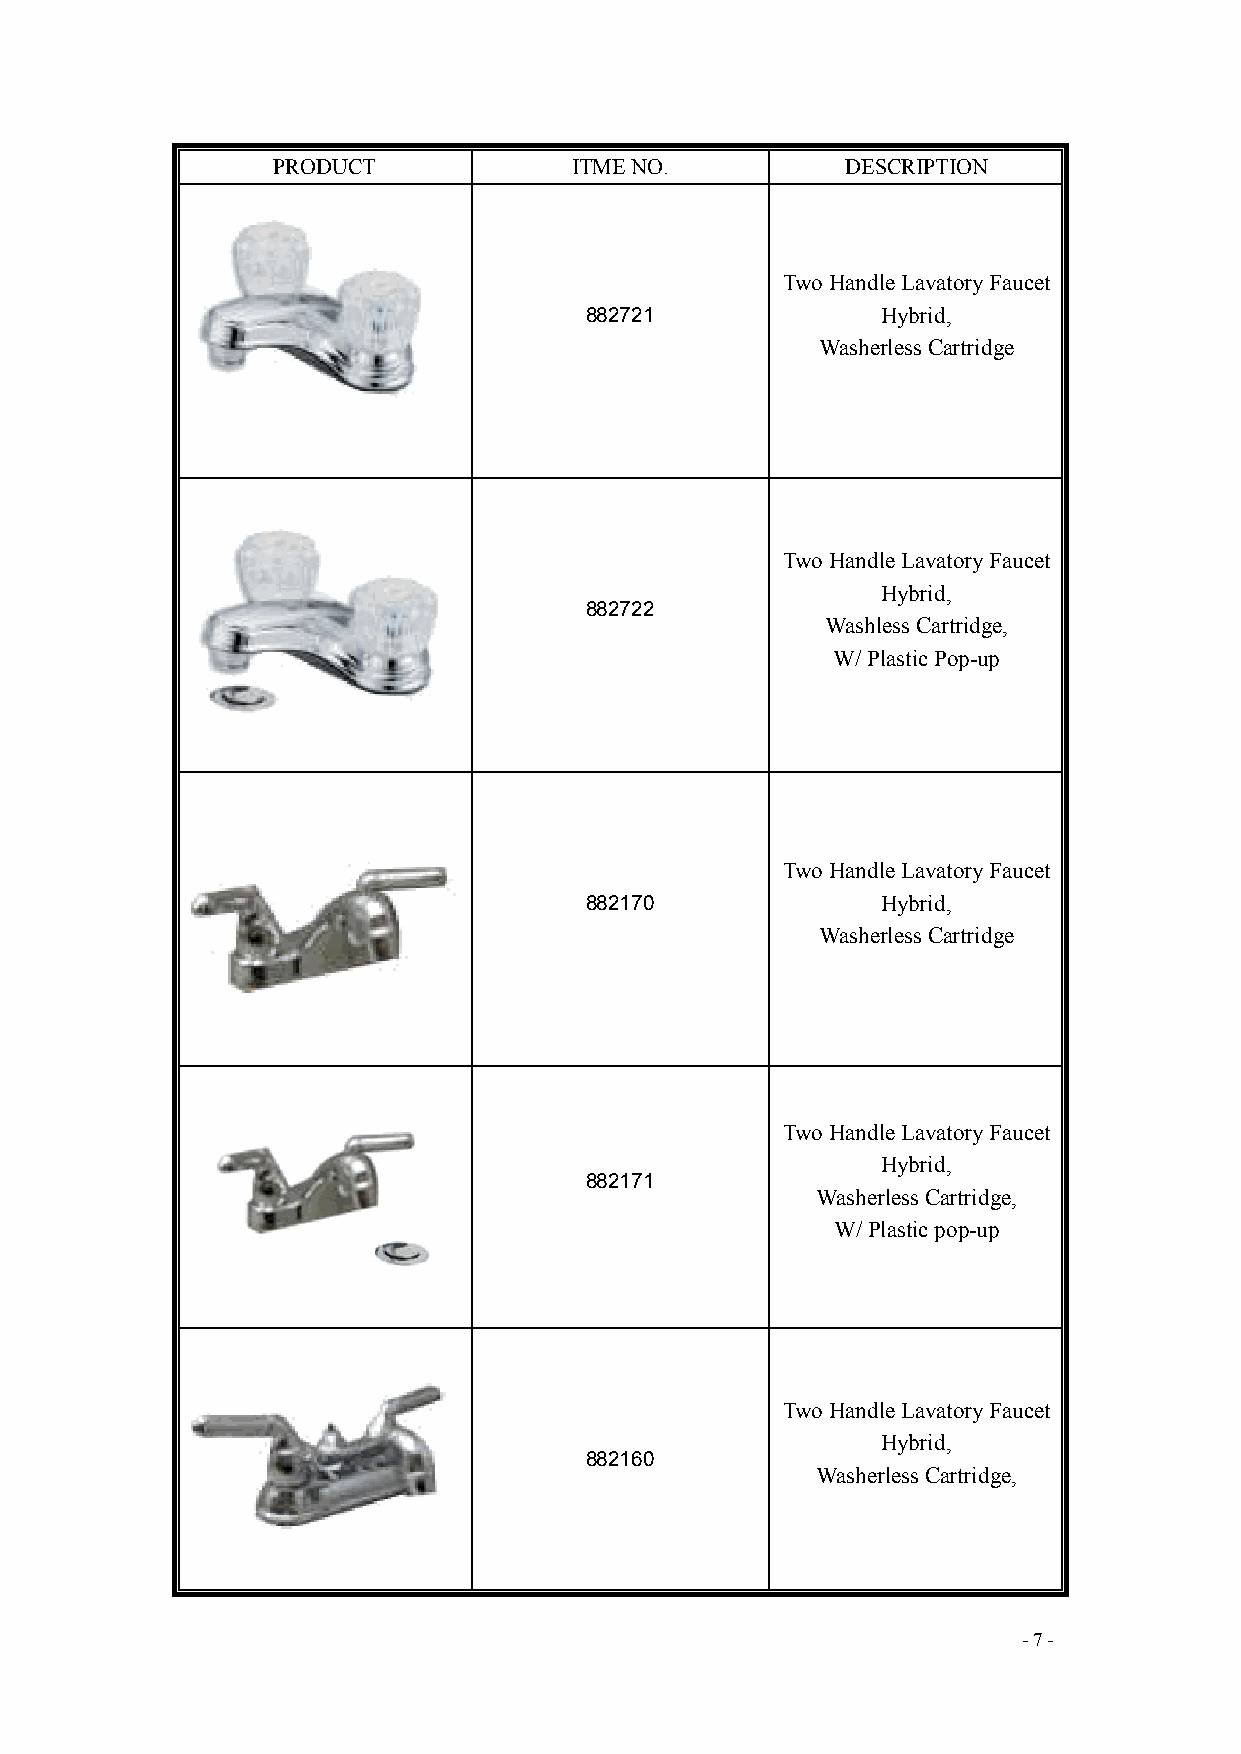
PRODUCT             ITME NO.          DESCRIPTION
 Two Handle Lavatory Faucet
 882721             Hybrid,
 Washerless Cartridge
 Two Handle Lavatory Faucet
 Hybrid,
 882722
 Washless Cartridge,
 W/ Plastic Pop-up
 Two Handle Lavatory Faucet
 882170             Hybrid,
 Washerless Cartridge
 Two Handle Lavatory Faucet
 Hybrid,
 882171
 Washerless Cartridge,
 W/ Plastic pop-up
 Two Handle Lavatory Faucet
 Hybrid,
 882160
 Washerless Cartridge,
 - 7 -